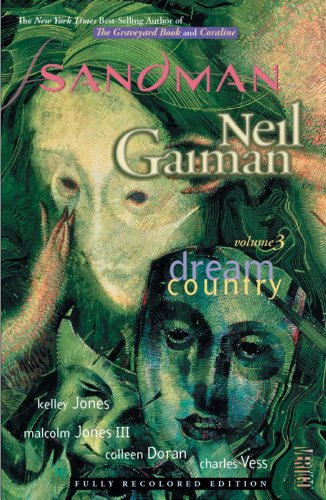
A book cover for The Sandman, Vol. 3: Dream Country; Neil Gaiman; Comics & Graphic Novels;